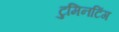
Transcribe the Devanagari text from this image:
टुमिनटिंग